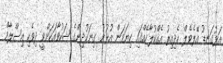
އަޅުގަނޑު އޭލެވެލްް ހެދިއިރު އެއްކުލާހެއްގައި ކިޔަވަން އުޅުނު ގިނަކުދިންގެ ޝަކުވާއަކަށްވީ ދިވެހި އިސްލާމް